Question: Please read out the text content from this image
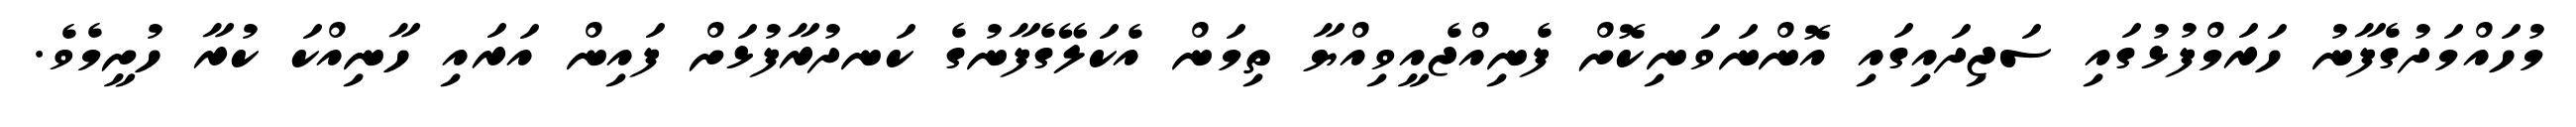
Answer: މުހައްމަދުގެފާނު ހަރަމްފުޅުގައި ސަޖިދައިގައި އޮންނަވަނިކޮށް ފެނިއްޖެއީވިއްޔާ ތިމަން އެކަލޭގެފާނުގެ ކަނދުރާފުޅަށް ފައިން އަރައި ހާނިއްކަ ކުރާ ހުށީމެވެ.